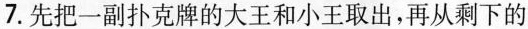
7. 先把一副扑克牌的大王和小王取出，再从剩下的